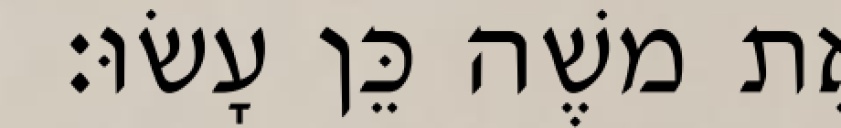
אֶת משֶׁה כֵּן עָשׂוּ׃